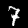
Digit: 7